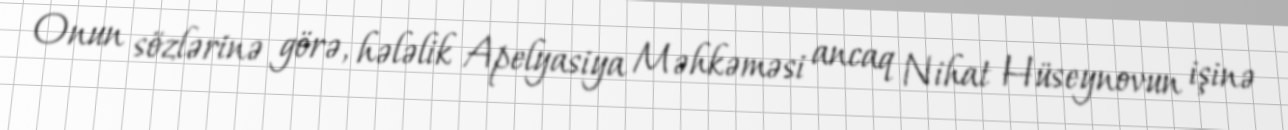
Onun sözlərinə görə, hələlik Apelyasiya Məhkəməsi ancaq Nihat Hüseynovun işinə